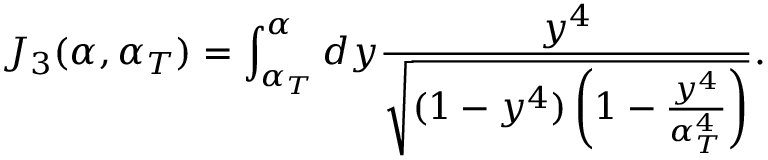
J _ { 3 } ( \alpha , \alpha _ { T } ) = \int _ { \alpha _ { T } } ^ { \alpha } d y \frac { y ^ { 4 } } { \sqrt { ( 1 - y ^ { 4 } ) \left( 1 - \frac { y ^ { 4 } } { \alpha _ { T } ^ { 4 } } \right) } } .